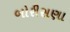
બોરીસણા